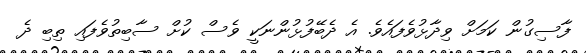
ފާސިގުން ކަމަށް ވިދާޅުވެފައެވެ. އެ ދެބޭފުޅުންނަކީ ވެސް ކުށް ސާބިތުވެފައި ތިބި ދެ